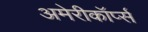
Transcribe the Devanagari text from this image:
अमेरीकॉर्प्स